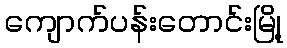
ကျောက်ပန်းတောင်းမြို့